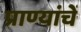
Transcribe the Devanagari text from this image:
प्राण्यांचें